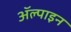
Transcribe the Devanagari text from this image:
ॲल्पाइन